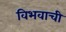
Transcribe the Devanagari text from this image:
विभवाची